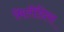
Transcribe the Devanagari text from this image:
मिलीग्रिस